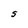
Character: S